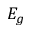
E _ { g }